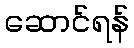
ဆောင်ရန်